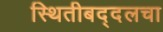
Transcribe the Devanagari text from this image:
स्थितीबद्दलचा